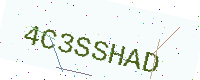
Text: 4C3SSHAD